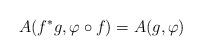
LaTeX: \begin{align*}A(f^*g, \varphi\circ f) = A(g, \varphi)\end{align*}